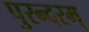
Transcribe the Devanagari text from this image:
पुरन्दरम्